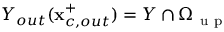
Y _ { o u t } ( \mathbf { x } _ { c , o u t } ^ { + } ) = Y \cap { \Omega } _ { \mathrm { ~ u ~ p ~ } }